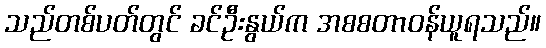
သည်တစ်ပတ်တွင် ခင်ဦးနွယ်က အစစတာဝန်ယူရသည်။